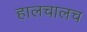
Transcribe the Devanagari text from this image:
हालचालच